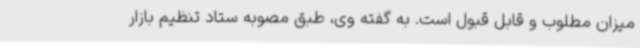
میزان مطلوب و قابل قبول است. به گفته وی، طبق مصوبه ستاد تنظیم بازار